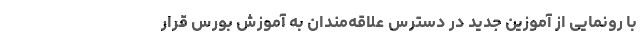
با رونمایی از آموزین جدید در دسترس علاقه‌مندان به آموزش بورس قرار